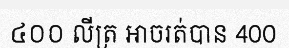
៤០០ លីត្រ អាចរត់បាន 400